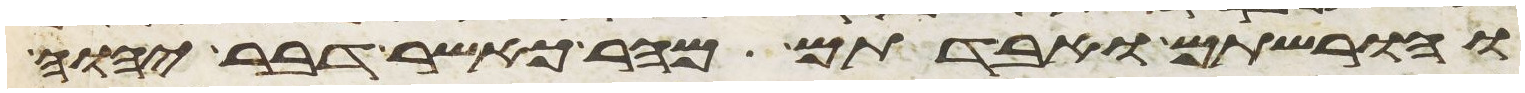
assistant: והורשתם ואבדתם מהר כאשר דבר יהוה